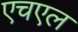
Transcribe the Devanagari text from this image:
एचएल